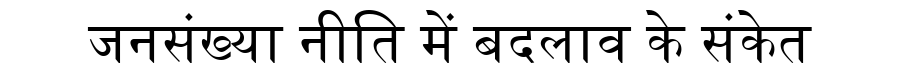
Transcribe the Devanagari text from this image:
जनसंख्या नीति में बदलाव के संकेत